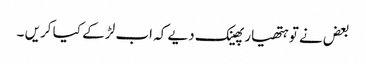
بعض نے تو ہتھیار پھینک دیے کہ اب لڑ کے کیا کریں ۔